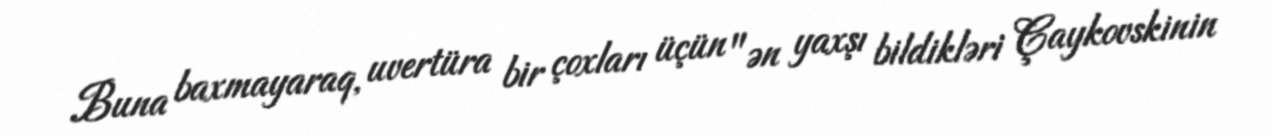
Buna baxmayaraq, uvertüra bir çoxları üçün "ən yaxşı bildikləri Çaykovskinin